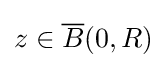
z\in {\overline {B}}(0,R)